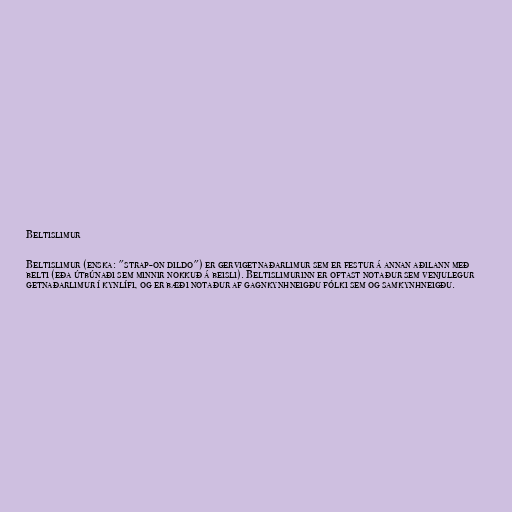
Beltislimur

Beltislimur (enska: "strap-on dildo") er gervigetnaðarlimur sem er festur á annan aðilann með
belti (eða útbúnaði sem minnir nokkuð á beisli). Beltislimurinn er oftast notaður sem venjulegur
getnaðarlimur í kynlífi, og er bæði notaður af gagnkynhneigðu fólki sem og samkynhneigðu.